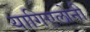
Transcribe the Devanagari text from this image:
यागिएलोनी